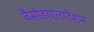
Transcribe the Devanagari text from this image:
वैसोडाएलाटेशन